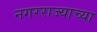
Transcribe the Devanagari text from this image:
नगरराज्याच्या